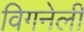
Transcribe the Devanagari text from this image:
विगनेली